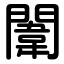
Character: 闈